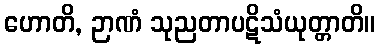
ဟောတိ, ဉာဏံ သုညတာပဋိသံယုတ္တာတိ။